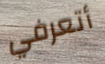
أتعرفي